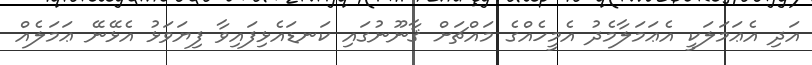
އަދި އެޢަމަލަކީ އެޢަމަލާމެދު އެމީހެއްގެ މައްޗަށް ޤާނޫނުގައި ކަނޑައެޅިފައިވާ ފިޔަވަޅު އެޅޭނޭ ޢަމަލެއް